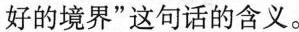
好的境界”这句话的含义。